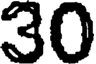
30